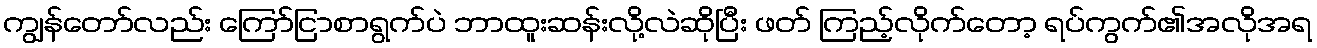
ကျွန်တော်လည်း ကြော်ငြာစာရွက်ပဲ ဘာထူးဆန်းလို့လဲဆိုပြီး ဖတ် ကြည့်လိုက်တော့ ရပ်ကွက်၏အလိုအရ